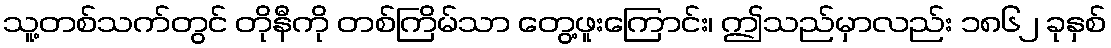
သူ့တစ်သက်တွင် တိုနီကို တစ်ကြိမ်သာ တွေ့ဖူးကြောင်း၊ ဤသည်မှာလည်း ၁၈၆၂ ခုနှစ်